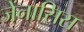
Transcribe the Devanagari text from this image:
जेंनासिस